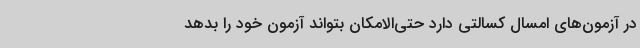
در آزمون‌های امسال کسالتی دارد حتی‌الامکان بتواند آزمون خود را بدهد